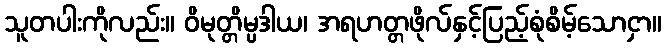
သူတပါးကိုလည်း။ ဝိမုတ္တိမ္ပဒါယ၊ အရဟတ္တဖိုလ်နှင့်ပြည့်စုံစိမ့်သောငှာ။